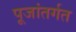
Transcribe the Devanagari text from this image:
पूजांतर्गत